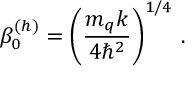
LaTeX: \beta _ { 0 } ^ { ( h ) } = \left( \frac { m _ { q } k } { 4 \hbar ^ { 2 } } \right) ^ { 1 / 4 } \, .